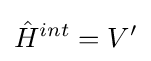
{\hat {H}}^{int}=V'